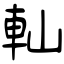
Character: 軕